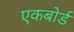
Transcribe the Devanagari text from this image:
एकबोर्ड